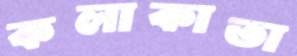
কলাকাতা